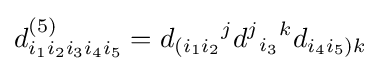
d_{i_{1}i_{2}i_{3}i_{4}i_{5}}^{(5)}=d_{(i_{1}i_{2}}{}^{j}d^{j}{}_{i_{3}}{}^{k}d_{i_{4}i_{5})k}